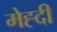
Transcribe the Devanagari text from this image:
मेह्दी